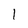
Character: 1